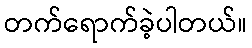
တက်ရောက်ခဲ့ပါတယ်။